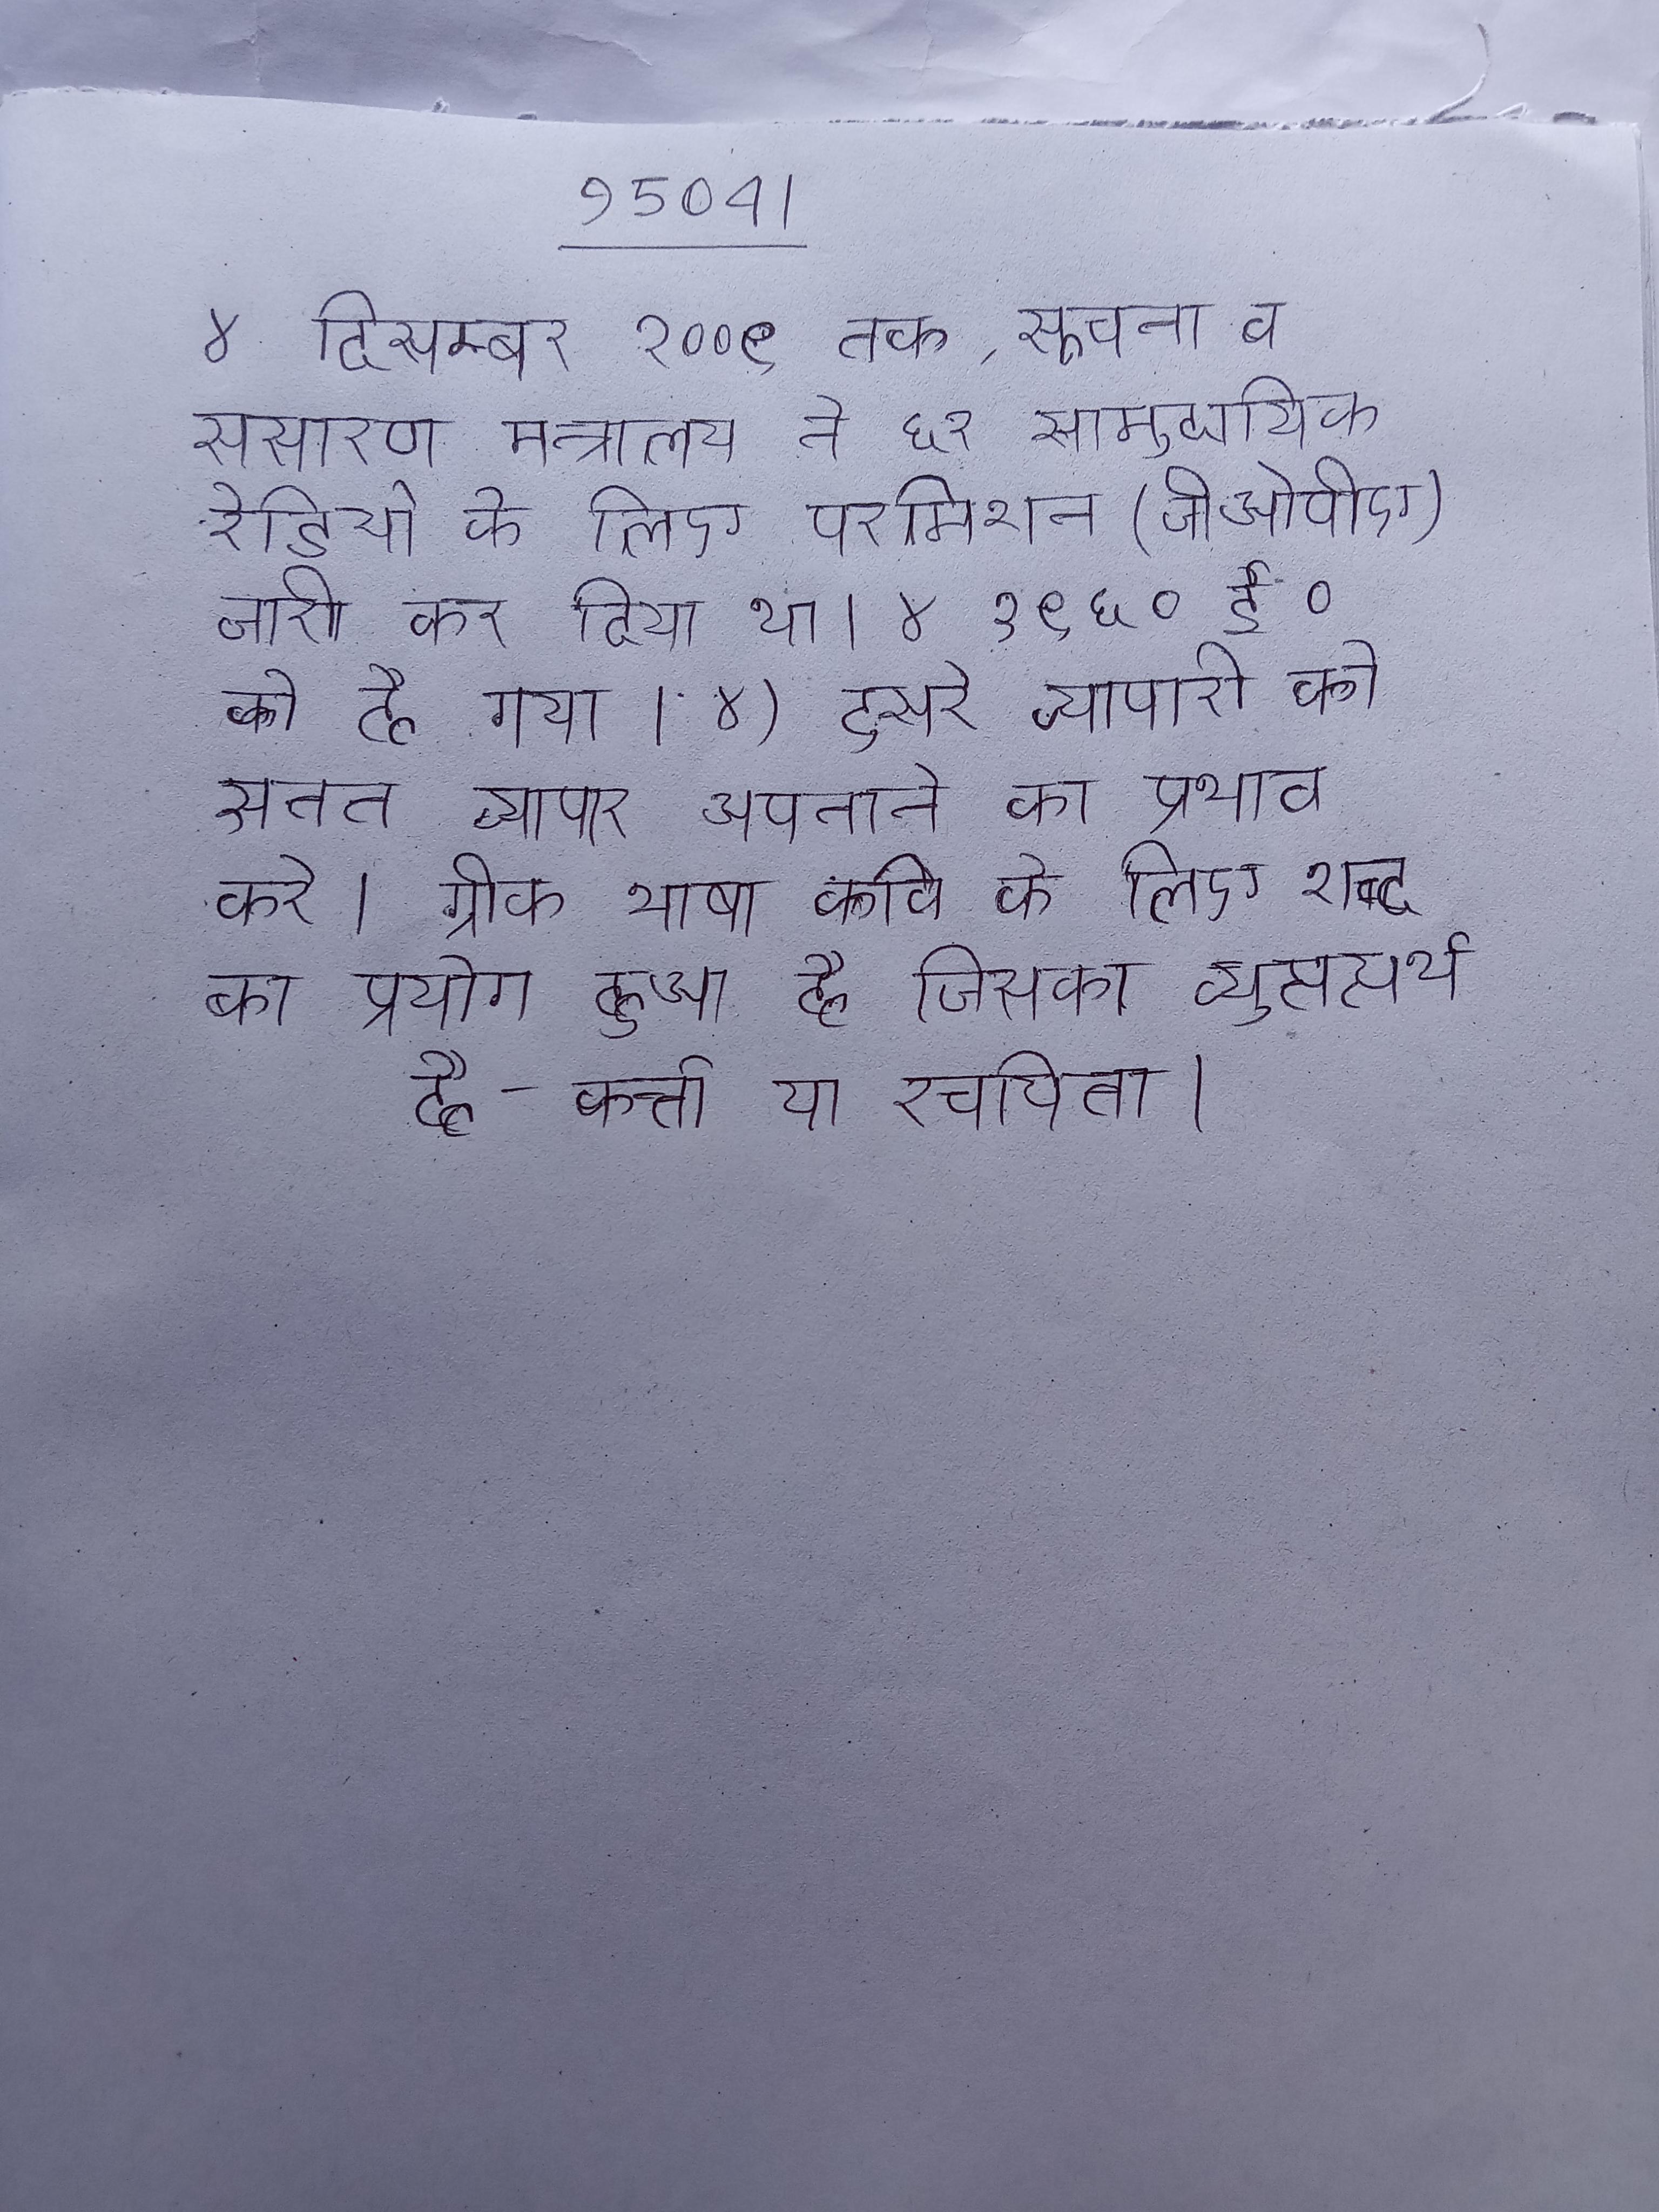
४ दिसम्बर २००९ तक, सूचना व प्रसारण मन्त्रालय ने ६२ सामुदायिक रेडियो के लिए परमिशन (जीओपीए) जारी कर दिया था । ४ १९६० ई० को हो गया । ४) दुसरे व्यापारो को सतत व्यापार अपनाने का प्रभाव करे । ग्रीक भाषा कवि के लिए शब्द का प्रयोग हुआ है जिसका व्युत्पत्यर्थ है- कर्त्ता या रचयिता ।